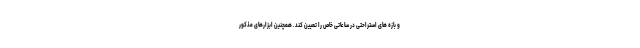
و بازه های استراحتی در ساعاتی خاص را تعیین کند. همچنین ابزارهای مذکور